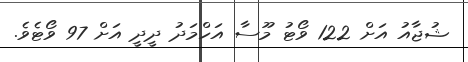
ޝުޖާއު އަށް 122 ވޯޓު މޫސާ އަހްމަދު ދީދީ އަށް 97 ވޯޓެވެ.